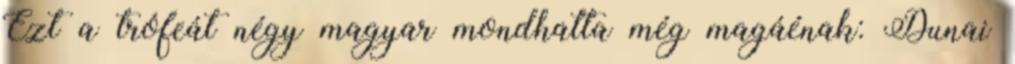
Ezt a trófeát négy magyar mondhatta még magáénak: Dunai